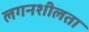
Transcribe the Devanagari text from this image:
लगनशीलता